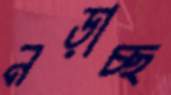
নড়াচ্ছ